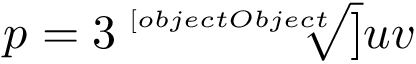
p = 3 { \sqrt [ [object Object] ] { u v } }